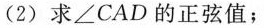
(2) 求 ∠CAD 的正弦值；